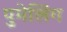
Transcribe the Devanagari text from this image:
पुमेलिंग